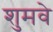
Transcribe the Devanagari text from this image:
शुमवे